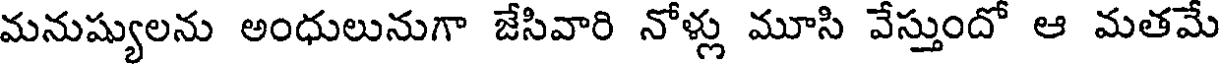
మనుష్యులను అంధులునుగా జేసివారి నోళ్లు మూసి వేస్తుందో ఆ మతమే